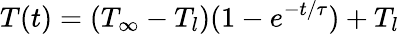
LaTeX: T(t)=(T_{\infty}-T_{l})(1-e^{-t/\tau})+T_{l}